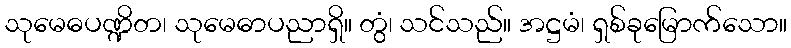
သုမေဓပဏ္ဍိတ၊ သုမေဓာပညာရှိ။ တွံ၊ သင်သည်။ အဋ္ဌမံ၊ ရှစ်ခုမြောက်သော။